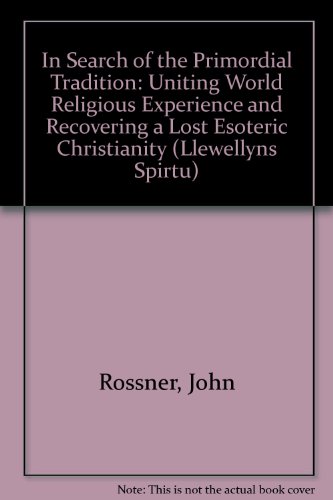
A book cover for In Search Primordial Tradition & The Cosmic Christ; Fr. John Rossner; Religion & Spirituality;